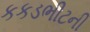
કકડભીટની